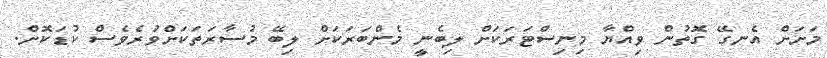
މަށަށް އެނގޭ ގޮތުން ވިއްޔާ މިނިސްޓަރަކަށް ލިބެނީ މެންބަރަކަށް ލިބޭ މުސާރަތަކަށްވުރެވެސް ކުޑަކޮށް.